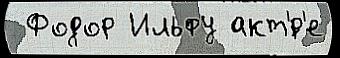
 Фодор Ильфу акт'́р'е